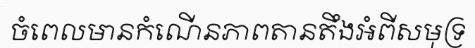
ចំពេលមានកំណើនភាពតានតឹងអំពីសមុទ្រ